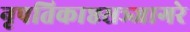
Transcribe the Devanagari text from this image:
नृपतिकाष्ठसञ्जागरे